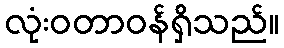
လုံးဝတာဝန်ရှိသည်။